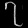
Digit: ၇